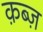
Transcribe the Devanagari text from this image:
क़ब्ज़